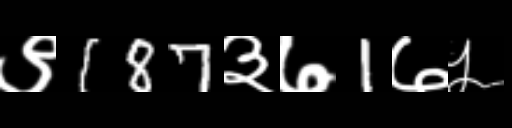
Text: ९187३७1७५